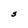
Character: S